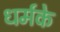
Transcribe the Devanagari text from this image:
धर्मके